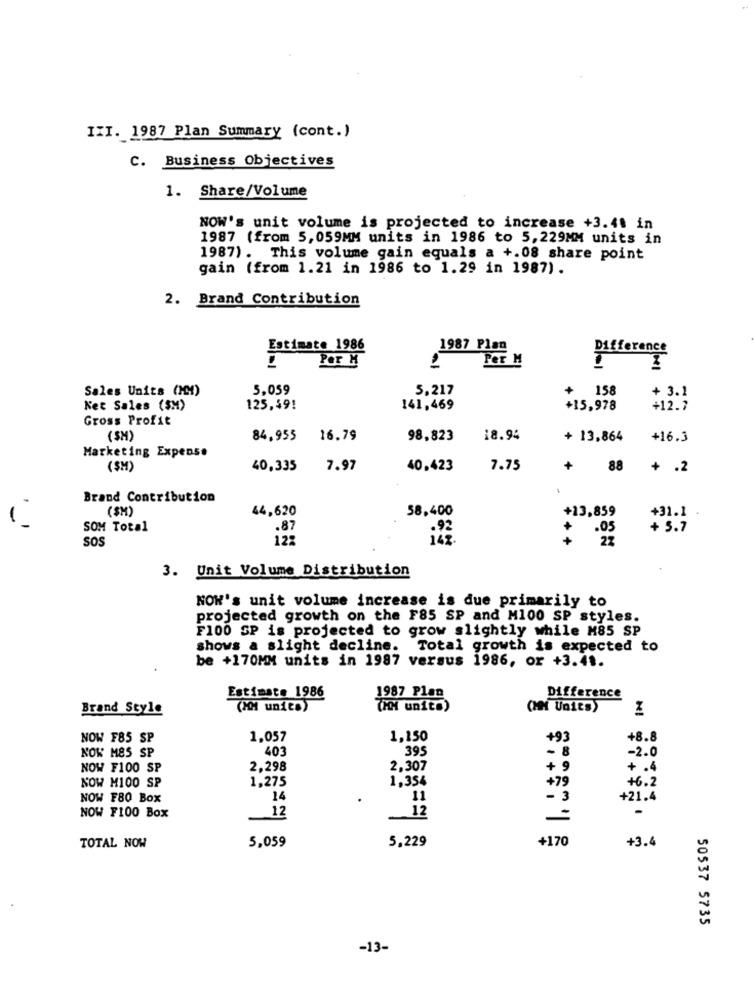
III. 1987 Plan Summary (cont.)
C. Business Objectives
1. Share/Volume
NOW's unit volume is projected to increase +3.41 in
1987 (from 5,059MM units in 1986 to 5,229MM units in
1987). This volume gain equals a +.08 share point
gain (from 1.21 in 1986 to 1.29 in 1987).
2. Brand Contribution
Estimate 1986
1987 Plan
Per M
Per M
Difference
Sales Units (MM)
5,059
5,217
+ 158
+ 3.1
Net Sales ($M)
125,49!
141,469
+15,978
+12.7
Gross Profit
(SM)
84,955
16.79
98,823
18.94
+ 13.864
+16.3
Marketing Expense
($H)
40,335
7.97
40,423
7.75
+ 88
+ .2
Brand Contribution
(SM)
44,620
58,400
+13,859
+31.1
SOM Total
.87
+
+ 5.7
SOS
12:
147
22
3. Unit Volume Distribution
NON's unit volume increase is due primarily to
projected growth on the F85 SP and M100 SP styles.
F100 SP is projected to grow slightly while M85 SP
shows a slight decline.
Total growth is expected to
be +170MM units in 1987 versus 1986, or +3.41.
Estimate 1986
1987 Plan
Difference
Brand Style
(201 units)
(HN units)
(MM Units)
NOW F85 SP
1,057
1,150
+93
+8.8
NOW MES SP
403
395
- 8
-2.0
NOW F100 SP
2.298
2,307
+ 9
+ .4
NOW M100 SP
1,275
1,354
+79
+6.2
NOW F80 Box
14
11
- 3
+21.4
12
-
NOW F100 Box
12
5,059
5,229
+170
+3.4
TOTAL NOW
50537 5735
-13-